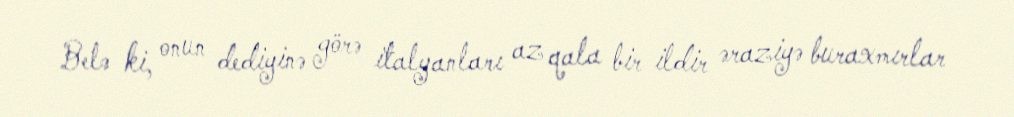
Belə ki, onun dediyinə görə italyanları az qala bir ildir əraziyə buraxmırlar